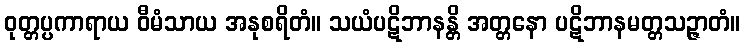
ဝုတ္တပ္ပကာရာယ ဝီမံသာယ အနုစရိတံ။ သယံပဋိဘာနန္တိ အတ္တနော ပဋိဘာနမတ္တသဉ္ဇာတံ။